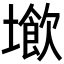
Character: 𡑨